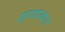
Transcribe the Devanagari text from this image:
सुगंधाकरता